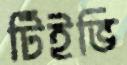
টিইভি